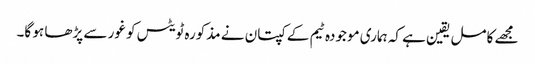
مجھے کامل یقین ہے کہ ہماری موجودہ ٹیم کے کپتان نے مذکورہ ٹویٹس کو غور سے پڑھا ہو گا۔